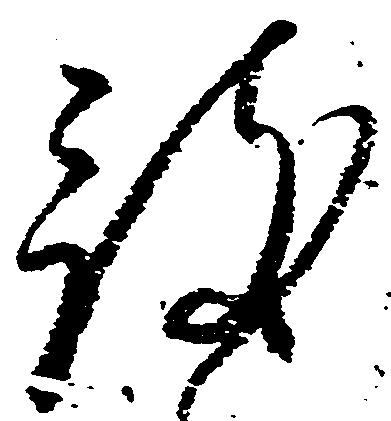
被